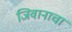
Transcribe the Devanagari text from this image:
जिवानाचा